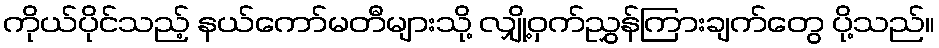
ကိုယ်ပိုင်သည့် နယ်ကော်မတီများသို့ လျှို့ဝှက်ညွှန်ကြားချက်တွေ ပို့သည်။